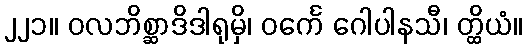
၂၂၁။ ဝလဘိစ္ဆာဒိဒါရုမှိ၊ ဝင်္ကေ ဂေါပါနသီ၊ တ္ထိယံ။